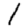
Digit: 1